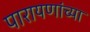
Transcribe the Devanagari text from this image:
पारायणांच्या